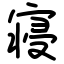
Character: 寝